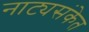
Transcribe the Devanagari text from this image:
नाट्यसंकेत